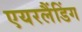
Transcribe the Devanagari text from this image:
एयरलैंडिंग